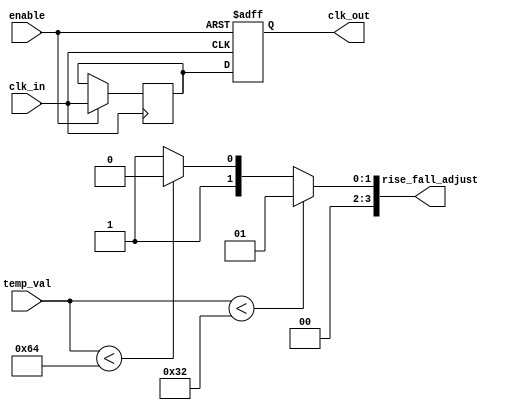
module TemperatureCompensatedClockBuffer (
    input wire clk_in,         // Input clock signal
    input wire [7:0] temp_val, // Temperature value from a sensor (0-255)
    input wire enable,         // Enable signal for the buffer
    output reg clk_out,        // Buffered clock output
    output reg [3:0] rise_fall_adjust // Adjust rise/fall times (for illustration)
);

// Parameters for clock characteristics
parameter CLOCK_MAX_FREQ = 100e6; // Maximum frequency (100 MHz)
parameter CLOCK_MIN_FREQ = 10e6;   // Minimum frequency (10 MHz)

// Internal signals
reg [7:0] adjusted_clk_divider; // Divider based on temperature
reg clk_buffer;                  // Internal buffered clock signal

// Temperature compensation logic
always @(*) begin
    // Simple compensation logic based on temperature value
    // This is a placeholder; actual implementation may involve more complex logic
    if (temp_val < 50) begin
        adjusted_clk_divider = 8'd2; // Faster for lower temperature
        rise_fall_adjust = 4'd1;      // Adjust rise/fall times
    end else if (temp_val < 100) begin
        adjusted_clk_divider = 8'd4; // Moderate for mid-range temperature
        rise_fall_adjust = 4'd2;      // Adjust rise/fall times
    end else begin
        adjusted_clk_divider = 8'd8; // Slower for higher temperature
        rise_fall_adjust = 4'd3;      // Adjust rise/fall times
    end
end

// Clock buffering mechanism
always @(posedge clk_in or negedge enable) begin
    if (!enable) begin
        clk_out <= 1'b0; // Disable output when not enabled
    end else begin
        // Buffering logic (simulate a buffered clock)
        clk_buffer <= clk_in; // You may add more logic to handle skew/jitter
        clk_out <= clk_buffer; // Assign buffered clock to output
    end
end

endmodule